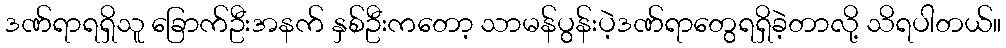
ဒဏ်ရာရရှိသူ ခြောက်ဦးအနက် နှစ်ဦးကတော့ သာမန်ပွန်းပဲ့ဒဏ်ရာတွေရရှိခဲ့တာလို့ သိရပါတယ်။